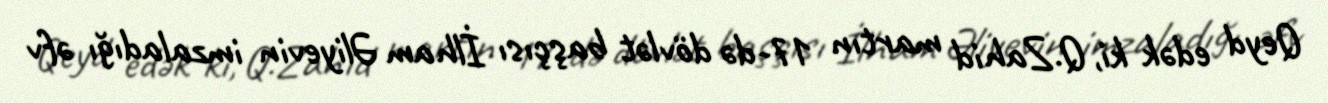
Qeyd edək ki, Q.Zahid martın 17-də dövlət başçısı İlham Əliyevin imzaladığı əfv